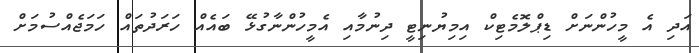
އަދި އެ މީހުންނަށް ޑިޕްލޮމެޓިކް އިމިޔުނިޓީ ދިނުމާއި އެމީހުންނާގުޅޭ ބައެއް ހަރަދުތައް ހަމަޖެއްސުމަށް